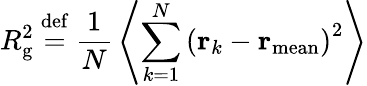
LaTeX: R_{\mathrm{g}}^{2}\ {\stackrel{\mathrm{def}}{=}}\ {\frac{1}{N}}\left\langle\sum_{k=1}^{N}\left(\mathbf{r}_{k}-\mathbf{r}_{\mathrm{mean}}\right)^{2}\right\rangle